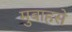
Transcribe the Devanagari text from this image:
मुबाहसे